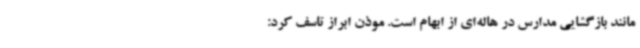
مانند بازگشایی مدارس در هاله‌ای از ابهام است. موذن ابراز تاسف کرد: